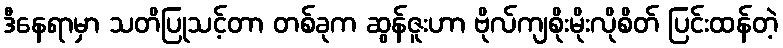
ဒီနေရာမှာ သတိပြုသင့်တာ တစ်ခုက ဆွန်ဇူးဟာ ဗိုလ်ကျစိုးမိုးလိုစိတ် ပြင်းထန်တဲ့